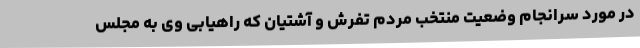
در مورد سرانجام وضعیت منتخب مردم تفرش و آشتیان که راهیابی وی به مجلس